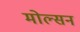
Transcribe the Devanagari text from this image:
मोल्सन